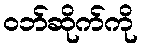
ဝဘ်ဆိုက်ကို